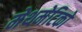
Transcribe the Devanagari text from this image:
मेथमेटिको